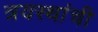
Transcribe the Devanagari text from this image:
त्रयस्थांची